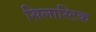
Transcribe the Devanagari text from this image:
सिलास्टिक